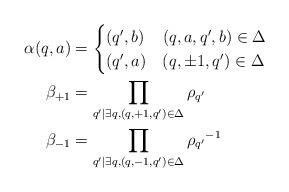
LaTeX: \begin{align*} \alpha(q,a) & = \begin{cases} (q',b) & (q,a,q',b) \in \Delta \\ (q',a) & (q,\pm 1, q') \in \Delta \end{cases} \\ \beta_{+1} & = \prod_{q' \mid \exists q, (q,+1,q') \in \Delta} \rho_{q'} \\ \beta_{-1} & = \prod_{q' \mid \exists q, (q,-1,q') \in \Delta} {\rho_{q'}}^{-1}\end{align*}